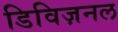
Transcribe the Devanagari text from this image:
डिविज़नल